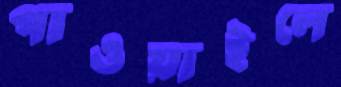
পাওয়াইলে